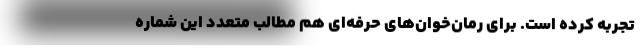
تجربه کرده است. برای رُمان‌خوان‌های حرفه‌ای هم مطالب متعدد این شماره